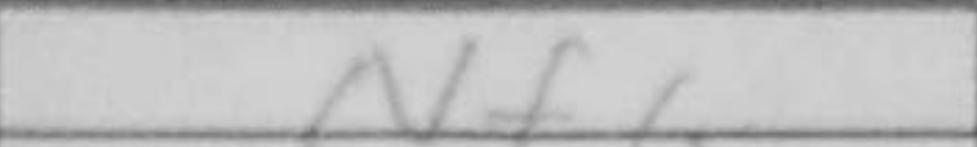
Transcription: Nf6